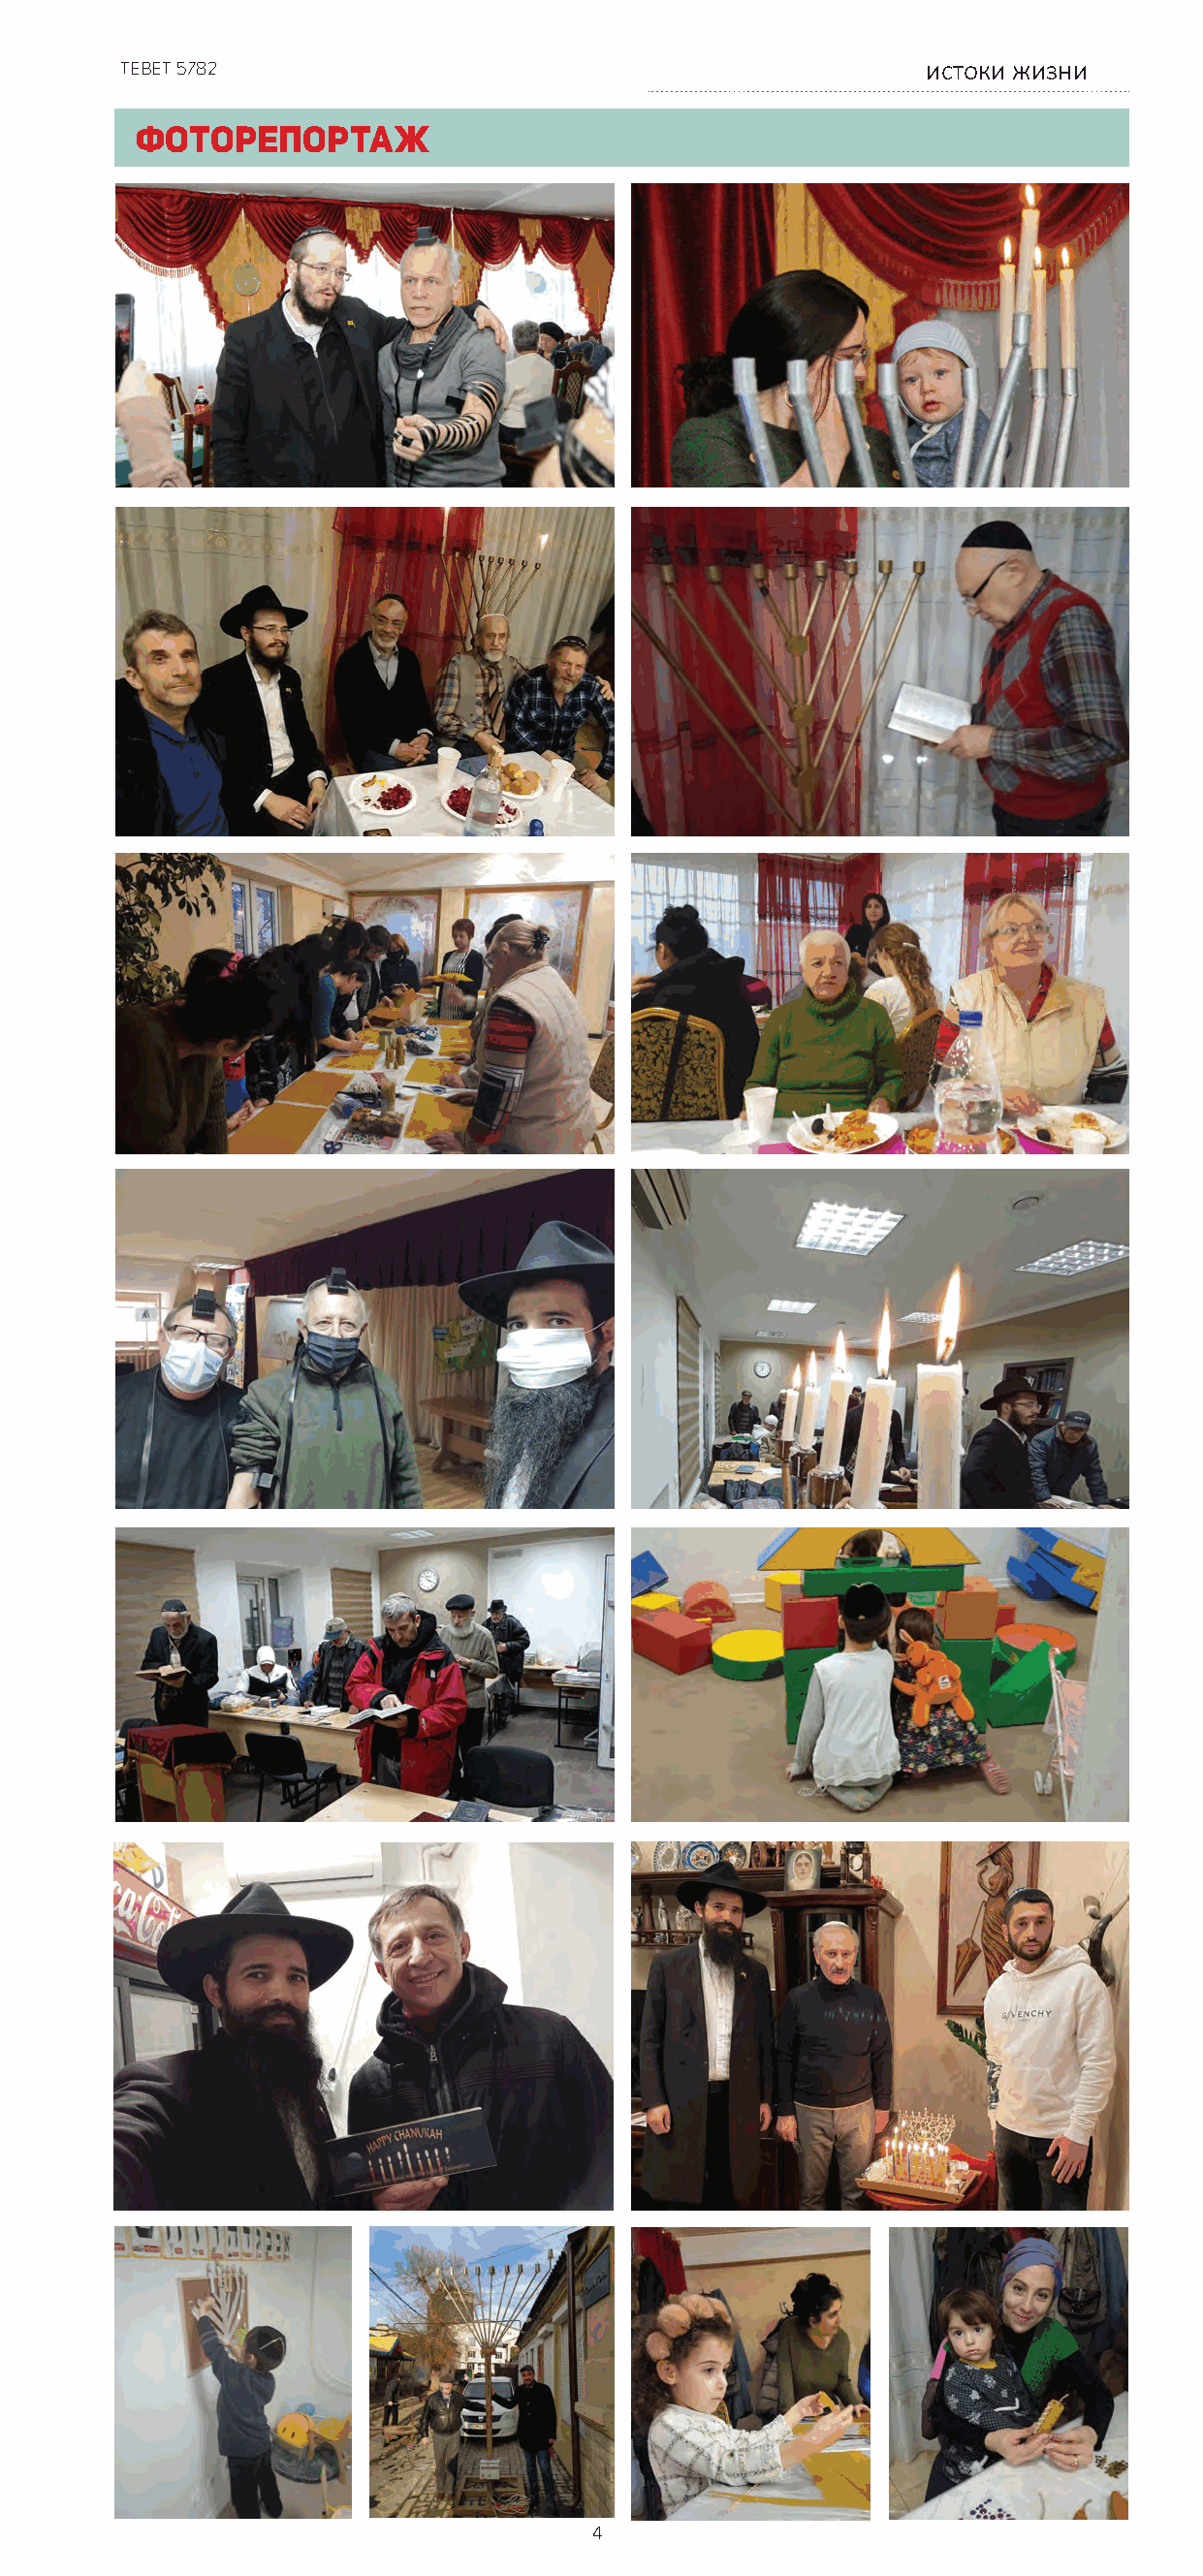
тевет 5782                                             истоки жизни
 фоторепортаж
 4